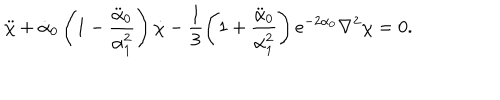
\ddot { \chi } + \dot { \alpha } _ { 0 } \left( 1 - \frac { \ddot { \alpha } _ { 0 } } { \alpha _ { 1 } ^ { 2 } } \right) \dot { \chi } - \frac { 1 } { 3 } \left( 1 + \frac { \ddot { \alpha } _ { 0 } } { \alpha _ { 1 } ^ { 2 } } \right) e ^ { - 2 \alpha _ { 0 } } \nabla ^ { 2 } \chi = 0 .